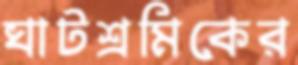
ঘাটশ্রমিকের